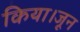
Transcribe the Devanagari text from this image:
किया।जून